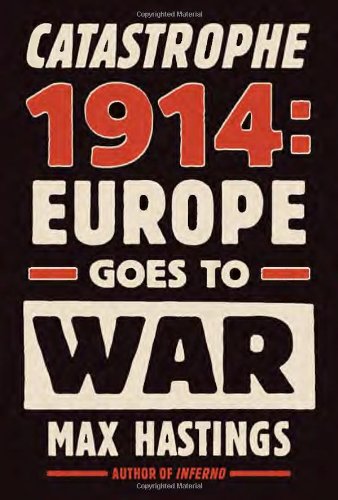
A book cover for Catastrophe 1914: Europe Goes to War; Max Hastings; History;